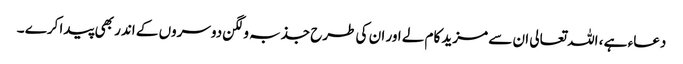
دعاء ہے ، اللہ تعالی ان سے مزید کام لے اور ان کی طرح جذبہ و لگن دوسروں کے اندر بھی پیدا کرے ۔